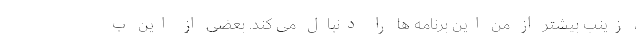
، زینب بیشتر از من این برنامه‌ ها را دنبال می‌ کند. بعضی از این ب